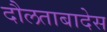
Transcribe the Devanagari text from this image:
दौलताबादेस